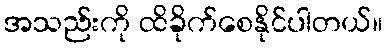
အသည်းကို ထိခိုက်စေနိုင်ပါတယ်။